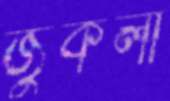
জুকলা